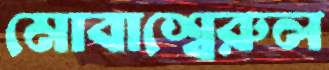
মোবাশ্বেরুল